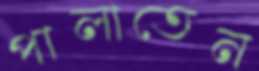
পালাতেন